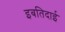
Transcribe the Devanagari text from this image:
इबतिदाई